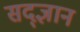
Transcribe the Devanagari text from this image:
सद्ज्ञान